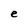
Character: e